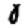
Digit: 0